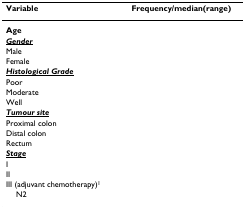
<table><thead><tr><td><b>Variable</b></td><td><b>Frequency/median(range)</b></td></tr></thead><tbody><tr><td><b>Age</b></td><td>[EMPTY_CELL]</td></tr><tr><td><underline><b><i>Gender</i></b></underline></td><td>[EMPTY_CELL]</td></tr><tr><td>Male</td><td>[EMPTY_CELL]</td></tr><tr><td>Female</td><td>[EMPTY_CELL]</td></tr><tr><td><underline><b><i>Histological Grade</i></b></underline></td><td>[EMPTY_CELL]</td></tr><tr><td>Poor</td><td>[EMPTY_CELL]</td></tr><tr><td>Moderate</td><td>[EMPTY_CELL]</td></tr><tr><td>Well</td><td>[EMPTY_CELL]</td></tr><tr><td><underline><b><i>Tumour site</i></b></underline></td><td>[EMPTY_CELL]</td></tr><tr><td>Proximal colon</td><td>[EMPTY_CELL]</td></tr><tr><td>Distal colon</td><td>[EMPTY_CELL]</td></tr><tr><td>Rectum</td><td>[EMPTY_CELL]</td></tr><tr><td><underline><b><i>Stage</i></b></underline></td><td>[EMPTY_CELL]</td></tr><tr><td>I</td><td>[EMPTY_CELL]</td></tr><tr><td>II</td><td>[EMPTY_CELL]</td></tr><tr><td>III (adjuvant chemotherapy)<sup>1</sup></td><td>[EMPTY_CELL]</td></tr><tr><td> N2</td><td>[EMPTY_CELL]</td></tr></tbody></table>